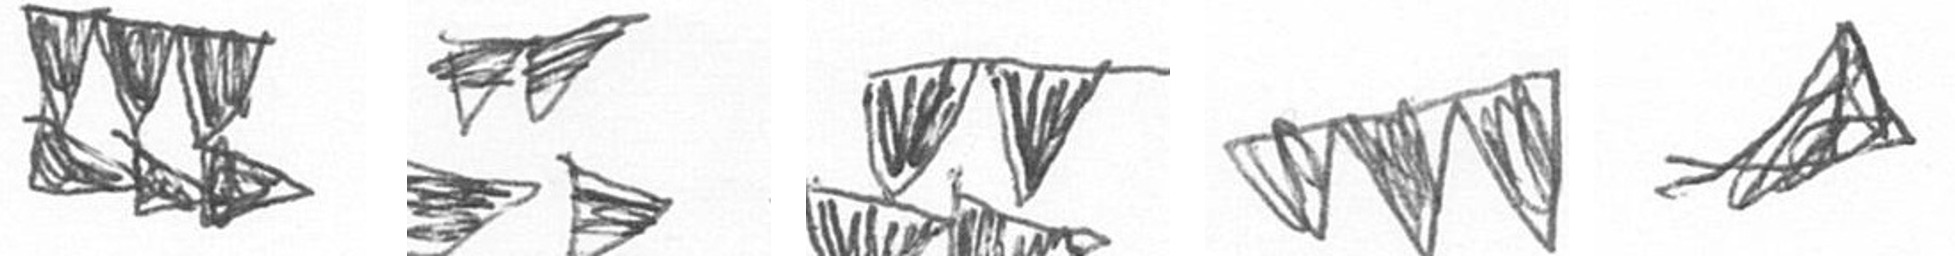
D B B L O